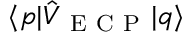
\langle p \vert \hat { V } _ { \mathrm { ~ E ~ C ~ P ~ } } \vert q \rangle